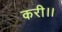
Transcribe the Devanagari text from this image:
करी।।